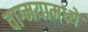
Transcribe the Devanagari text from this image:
वाग्मयामध्ये